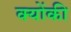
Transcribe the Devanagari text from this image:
क्‍योंकी